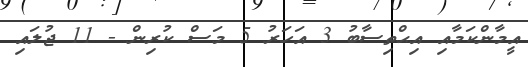
އީމާންކަމާއި އިޙްތިސާބު 3 އަހަރު 5 މަސް ކުރިން - 11 ޖުލައި